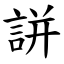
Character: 誁